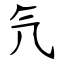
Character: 氕